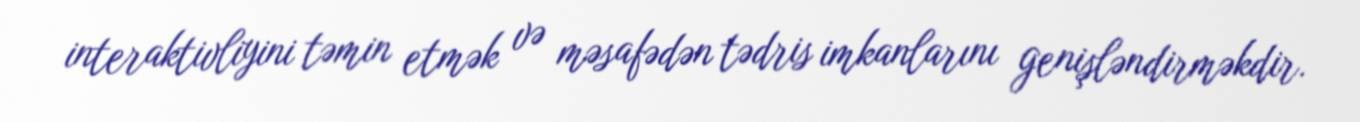
interaktivliyini təmin etmək və məsafədən tədris imkanlarını genişləndirməkdir.